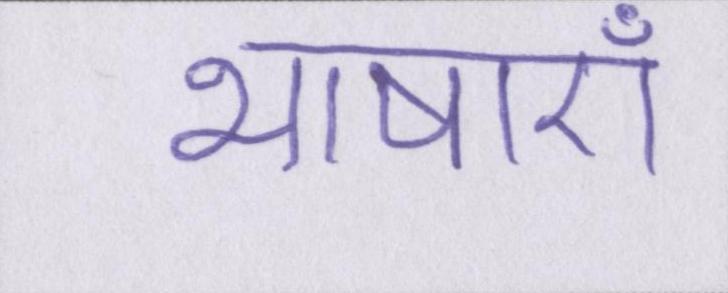
भाषाएँ